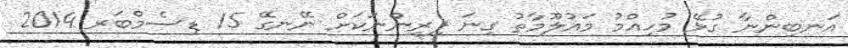
އަނބިންނާ ގުޅޭ މުހިއްމު މައުލޫމާތު ގިނަ ފިރިންނަކަށް ނޭނގޭ 15 ޑިސެމްބަރ 2014